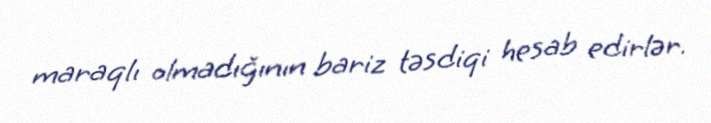
maraqlı olmadığının bariz təsdiqi hesab edirlər.